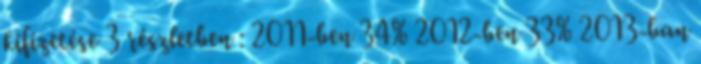
kifizetése 3 részletben : 2011-ben 34% 2012-ben 33% 2013-ban